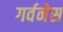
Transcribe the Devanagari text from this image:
गर्वनेस